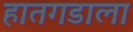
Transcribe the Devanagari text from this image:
हातगडाला